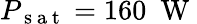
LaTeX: P_{\mathrm{~s~a~t~}}=160~\mathrm{~W~}